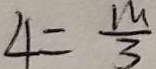
4 = \frac { m } { 3 }